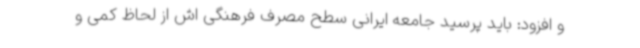
و افزود: باید پرسید جامعه ایرانی سطح مصرف فرهنگی اش از لحاظ کمی و